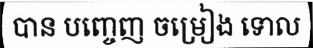
បាន បញ្ចេញ ចម្រៀង ទោល